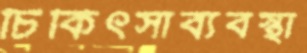
চিকিৎসাব্যবস্থা